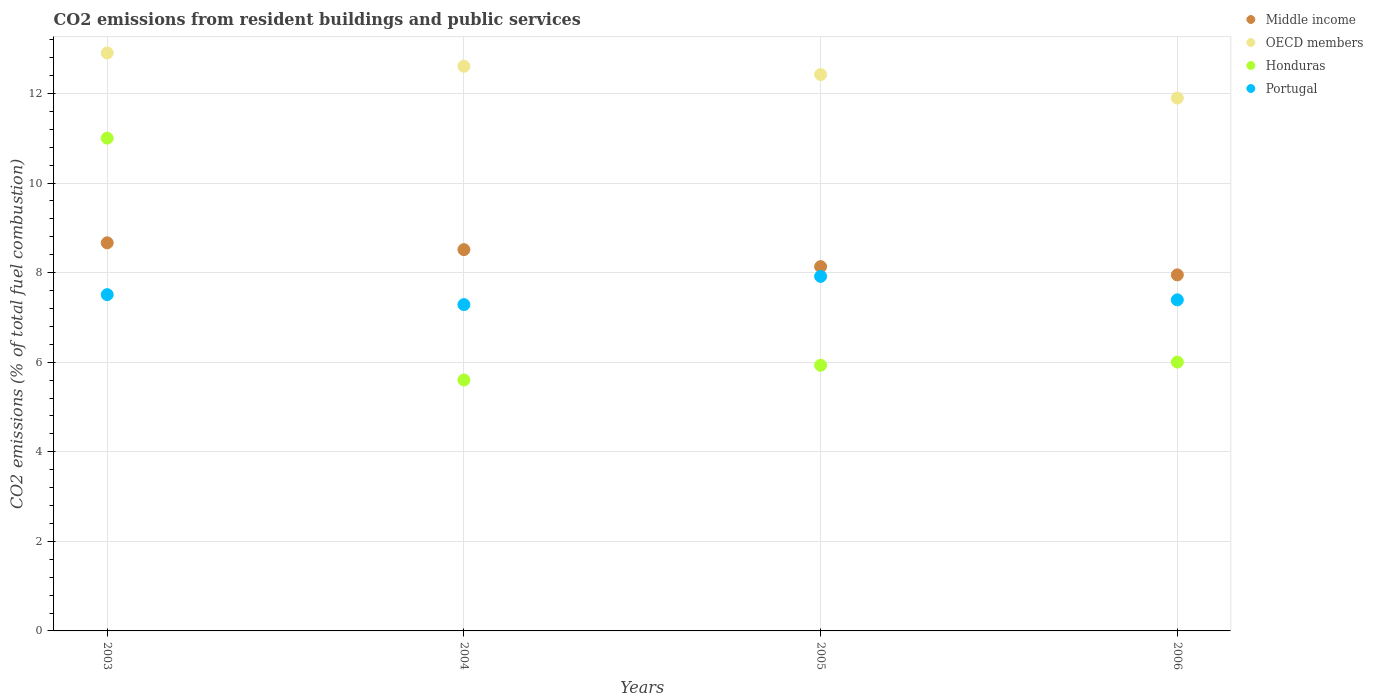
| Years | Middle income | OECD members | Honduras | Portugal |
 | --- | --- | --- | --- | --- |
 | 2003 | 8.67 | 12.9 | 11 | 7.51 |
 | 2004 | 8.51 | 12.6 | 5.6 | 7.29 |
 | 2005 | 8.13 | 12.4 | 5.93 | 7.92 |
 | 2006 | 7.95 | 11.9 | 6 | 7.39 |